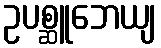
ဥပစ္ဆူဘေယျ